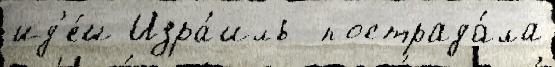
ид'е́и Изра́иль  пострада́ла